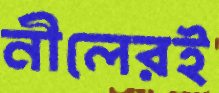
নীলেরই